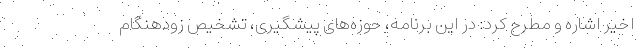
اخیر اشاره و مطرح کرد: در این برنامه، حوزه‌های پیشگیری، تشخیص زودهنگام